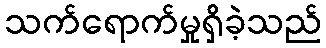
သက်ရောက်မှုရှိခဲ့သည်